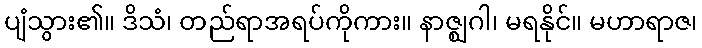
ပျံသွား၏။ ဒိသံ၊ တည်ရာအရပ်ကိုကား။ နာဇ္ဈဂါ၊ မရနိုင်။ မဟာရာဇ၊